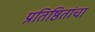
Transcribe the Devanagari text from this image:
प्रतिष्ठितांचा